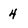
Character: 4